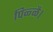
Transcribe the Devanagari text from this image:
पिळ्ळै।